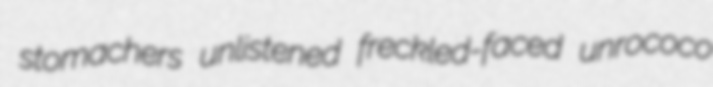
stomachers unlistened freckled-faced unrococo